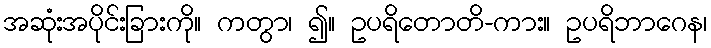
အဆုံးအပိုင်းခြားကို။ ကတွာ၊ ၍။ ဥပရိတောတိ-ကား။ ဥပရိဘာဂေန၊